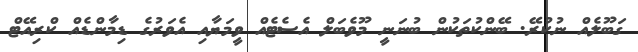
ގަބޫލެއް ނުކުރޭ. ބޭންކުތަކުން ބުނަނީ މޫވެބަލް އެސެޓެއް ވީމަޔާއި އެވަރުގެ ޑިމާންޑެއް ކްރިއޭޓް